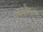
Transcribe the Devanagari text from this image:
डायमरीकरण